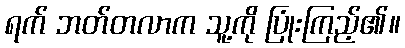
ရက် ဘတ်တလာက သူ့ကို ပြုံးကြည့်၏။